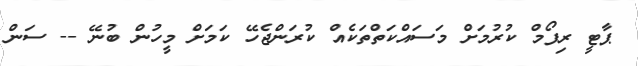
ޕާޓީ ރިފޯމް ކުރުމަށް މަސައްކަތްތަކެއް ކުރަންޖެހޭ ކަމަށް މީހުން ބުނޭ -- ސަން